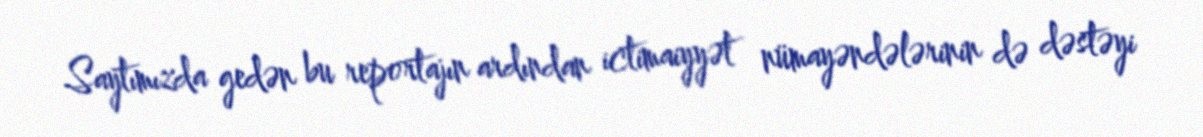
Saytımızda gedən bu reportajın ardından ictimaiyyət nümayəndələrinin də dəstəyi